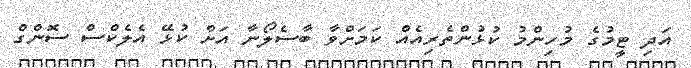
އަދި ޓީމުގެ މުހިންމު ކުޅުންތެރިއެއް ކަމަށްވާ ބާސެލޯނާ އަށް ކުޅޭ އެލެކްސް ސޮންގް